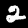
Label: 2